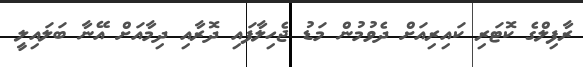
ރާފިލްގެ ކޮޓަރި ކައިރިއަށް ދެވުމުން މަޑު ޖެހިލާފައި ދޮރާއި ދިމާއަށް އޭނާ ބަލައިލީ